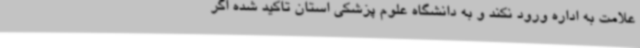
علامت به اداره ورود نکند و به دانشگاه علوم پزشکی استان تاکید شده اگر